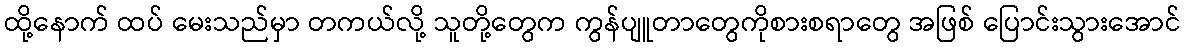
ထို့နောက် ထပ် မေးသည်မှာ တကယ်လို့ သူတို့တွေက ကွန်ပျူတာတွေကိုစားစရာတွေ အဖြစ် ပြောင်းသွားအောင်